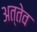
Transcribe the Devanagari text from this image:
अत्तेव